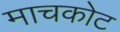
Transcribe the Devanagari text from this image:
माचकोट